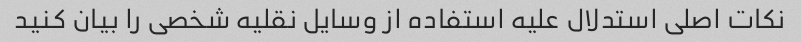
نکات اصلی استدلال علیه استفاده از وسایل نقلیه شخصی را بیان کنید